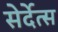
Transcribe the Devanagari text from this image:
सेर्देत्स